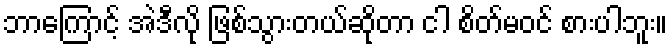
ဘာကြောင့် အဲဒီလို ဖြစ်သွားတယ်ဆိုတာ ငါ စိတ်မဝင် စားပါဘူး။